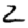
Digit: 2